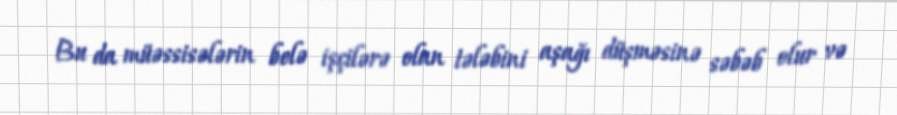
Bu da müəssisələrin belə işçilərə olan tələbini aşağı düşməsinə səbəb olur və